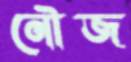
নৌজ